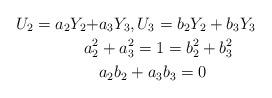
LaTeX: \begin{align*}U_2 = a_2 Y_2 + &a_3 Y_3,U_3 = b_2 Y_2 + b_3 Y_3 \\a_2^2 &+ a_3^2 = 1 = b_2^2 + b_3^2 \\&a_2 b_2 + a_3 b_3 = 0 \end{align*}